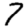
Digit: 7